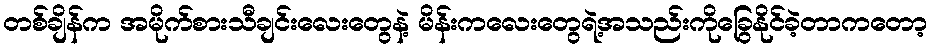
တစ်ချိန်က အမိုက်စားသီချင်းလေးတွေနဲ့ မိန်းကလေးတွေရဲ့အသည်းကိုခြွေနိုင်ခဲ့တာကတော့